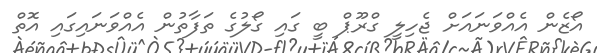
އޯޒެން އެއްވަނައަށް ޖެހިލީ ގްރޫޕް ބީ ގައި ގޯލުގެ ތަފާތުން އެއްވަނައިގައި އޮތް